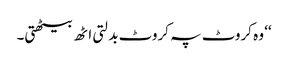
‘‘ وہ کروٹ پہ کروٹ بدلتی اٹھ بیٹھتی۔